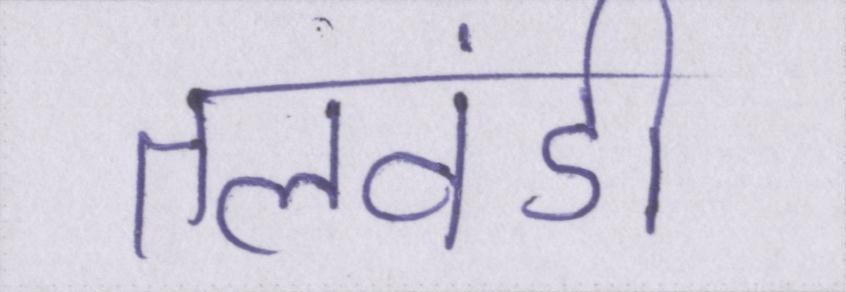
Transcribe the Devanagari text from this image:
तलवंडी